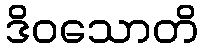
ဒိဝသောတိ